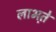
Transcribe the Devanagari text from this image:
लाभते़